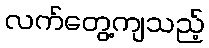
လက်တွေ့ကျသည့်